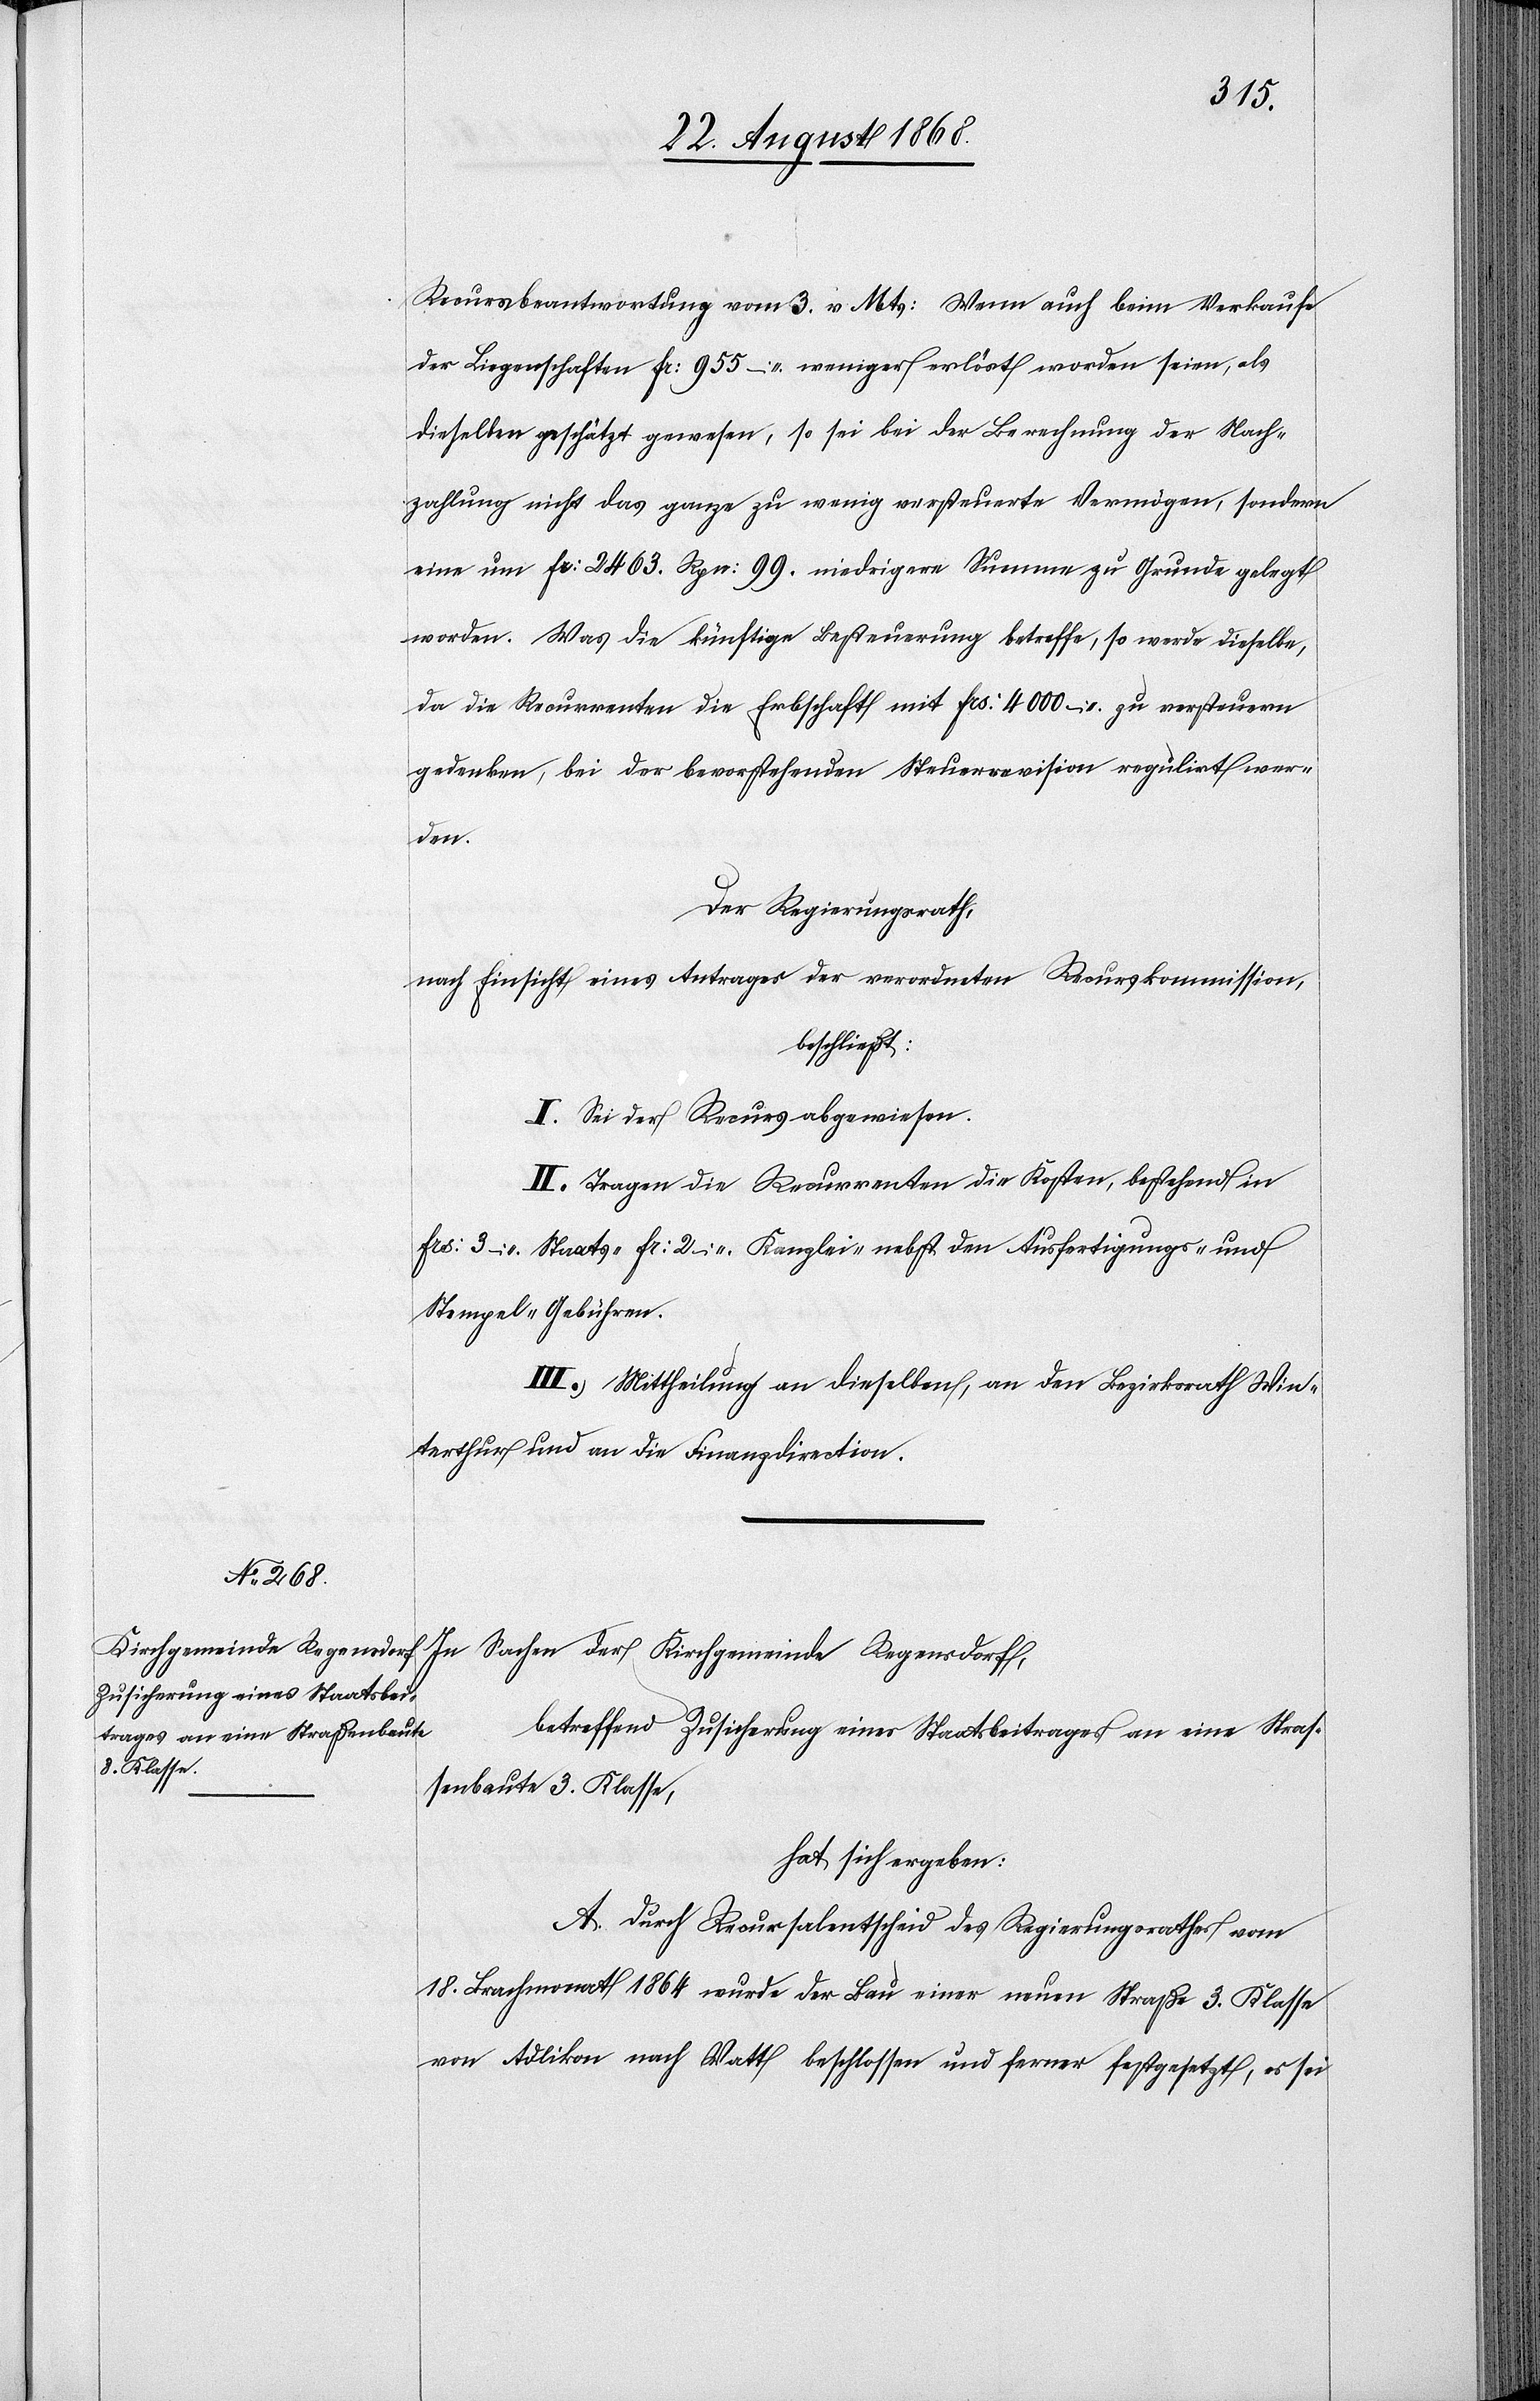
Recursbeantwortung vom 3. v. Mts: Wenn auch beim Verkaufe
der Liegenschaften Fr: 955 – weniger erlöst worden seien, als
dieselben geschätzt gewesen, so sei bei der Berechnung der Nach¬
zahlung nicht das ganze zu wenig versteuerte Vermögen, sondern
eine um Fr: 2463. Rpn: 99. niedrigere Summe zu Grunde gelegt
worden. Was die künftige Besteuerung betreffe, so werde dieselbe,
da die Recurrenten die Erbschaft mit Frs: 4000 – zu versteuern
gedenken, bei der bevorstehenden Steuerrevision regulirt wer¬
den.
Der Regierungsrath,
nach Einsicht eines Antrages der verordneten Recurskommission,
beschließt:
I. Sei der Recurs abgewiesen.
II. Tragen die Recurrenten die Kosten, bestehend in
Frs: 3 – Staats-[,] Fr: 2 – Kanzlei-[,] nebst den Ausfertigungs- und
Stempel-Gebühren.
III. Mittheilung an dieselben, an den Bezirksrath Win¬
terthur und an die Finanzdirection.
Sachen der Kirchgemeinde Regensdorf,
betreffend Zusicherung eines Staatsbeitrages an eine Stras¬
senbaute 3. Klasse,
hat sich ergeben:
A. Durch Recursalentscheid des Regierungsrathes vom
18. Brachmonat 1864 wurde der Bau einer neuen Straße 3. Klasse
von Adlikon nach Watt beschlossen und ferner festgesetzt, es sei